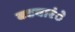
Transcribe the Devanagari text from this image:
बटवारंे